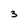
Character: 3